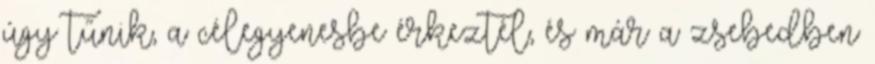
úgy tűnik, a célegyenesbe érkeztél, és már a zsebedben